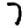
Digit: 7